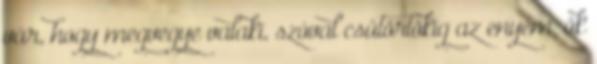
vár, hogy megvegye valaki, szóval csütörtökig az enyém, ők